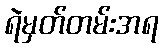
ရဲမှတ်တမ်းအရ